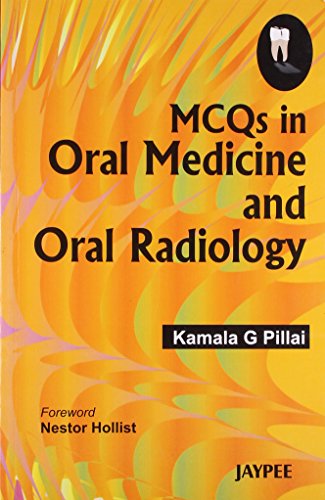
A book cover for MCQs in Oral Medicine and Oral Radiology; Kamala G. Pillai; Medical Books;